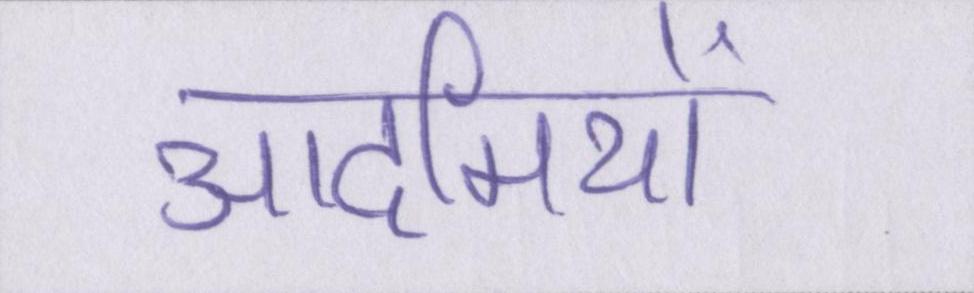
आदमियों